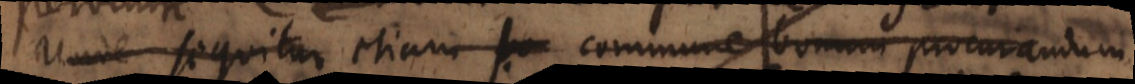
Unde sequitur etiam commune bonum procurandum